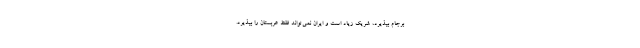
برجام بپذیرد، شریک زیاد است و ایران نمی‌تواند فقط عربستان را بپذیرد.